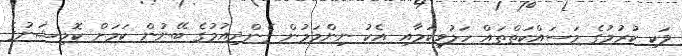
ވަކި ކުރުމުގެ މަސައްކަތްތައް ހަލުވިކަމާއި އެކު ނިންމަމުން ގެންދިއުމުގެ ބޭނުން ކަމަށް ކޮމިޝަނުގެ